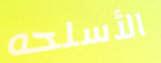
الأسلحه